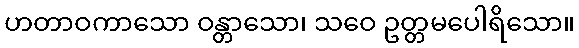
ဟတာဝကာသော ဝန္တာသော၊ သဝေ ဥတ္တမပေါရိသော။